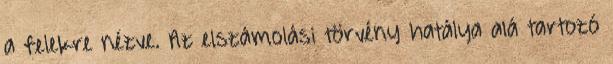
a felekre nézve. Az elszámolási törvény hatálya alá tartozó